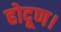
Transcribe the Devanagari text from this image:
होदूण।